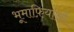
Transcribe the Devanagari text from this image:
भूमाफ़ियाओं